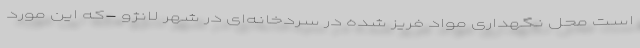
است محل نگهداری مواد فریز شده در سردخانه‌ای در شهر لانژو -که این مورد